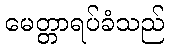
မေတ္တာရပ်ခံသည်